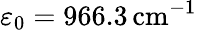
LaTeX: \varepsilon_{0}=966.3\, \mathrm{cm}^{-1}